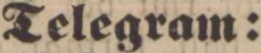
Telegram: